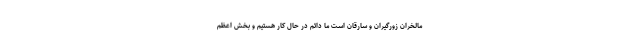
مالخران زورگیران و سارقان است ما دائم در حال کار هستیم و بخش اعظم